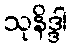
သုနိဒ္ဒါ